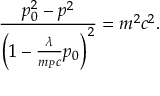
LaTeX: \frac { p _ { 0 } ^ { 2 } - p ^ { 2 } } { \left( 1 - \frac { \lambda } { m _ { P } c } p _ { 0 } \right) ^ { 2 } } = m ^ { 2 } c ^ { 2 } .